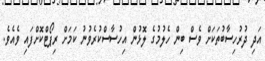
އަދި ދުރުހިސާބުތަކަށް ވެސް ބިން ހެލުމުގެ ލޮޅުން އިހުސާސްކުރެވުނު ކަމަށް ރިޕޯޓްކޮށްފައި ވެއެވެ.